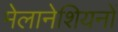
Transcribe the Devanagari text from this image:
मेलानेशियनों